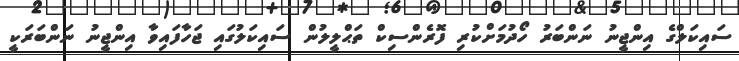
ސައިކަލްގެ އިންޖީނު ނަންބަރު ހޯދުމަށްކުރި ފޮރެންސިކް ތަޙްލީލުން ސައިކަލުގައި ޖަހާފައިވާ އިންޖީނު ނަންބަރަކީ